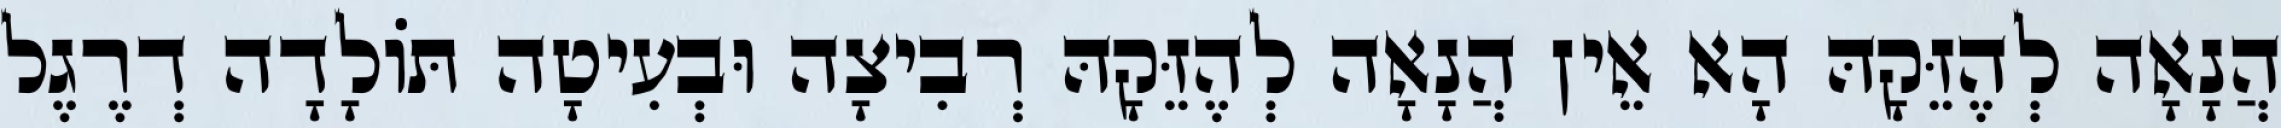
הֲנָאָה לְהֶזֵּקָהּ הָא אֵין הֲנָאָה לְהֶזֵּקָהּ רְבִיצָה וּבְעִיטָה תּוֹלָדָה דְרֶגֶל